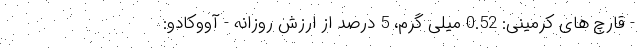
- قارچ های کرمینی: 0.52 میلی گرم، 5 درصد از ارزش روزانه - آووکادو: